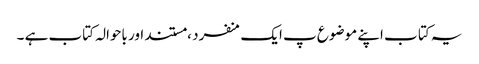
یہ کتا ب اپنے موضوع پ ایک منفرد ، مستند اور باحوالہ کتاب ہے ۔